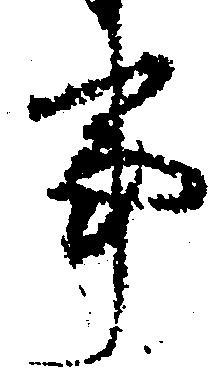
事